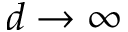
d \to \infty